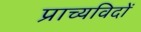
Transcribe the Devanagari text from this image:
प्राच्यविदों